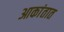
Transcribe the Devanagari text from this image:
आकांतात